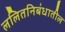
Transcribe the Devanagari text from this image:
ललितनिबंधातील